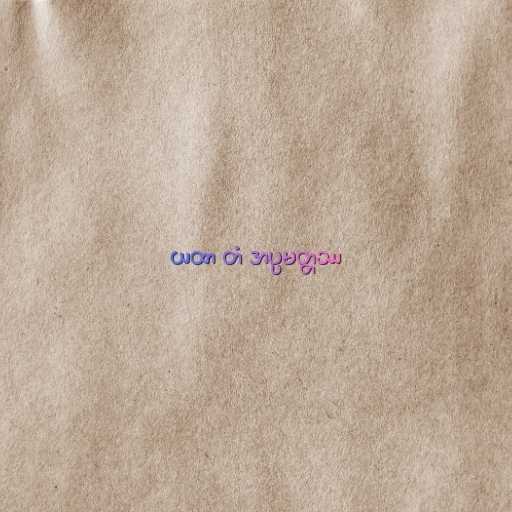
ယထာ တံ အပ္ပမတ္တဿ